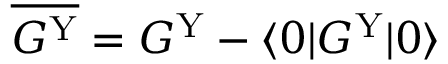
\overline { { G ^ { \mathrm { Y } } } } = G ^ { \mathrm { Y } } - \langle 0 | G ^ { \mathrm { Y } } | 0 \rangle